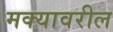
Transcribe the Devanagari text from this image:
मक्यावरील